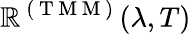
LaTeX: \mathbb{R}^{\mathrm{{~(~T~M~M~)~}}}(\lambda,T)